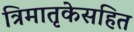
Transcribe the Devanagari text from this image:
त्रिमातृकेसहित